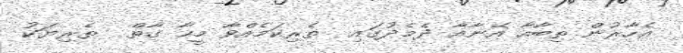
އެހާރުން ތިބާއާ އޭނާއާ ދެމެދުގައި  ތެރިކަމެއްވާ މީހާ ގާތް  ތެރިޔަކު